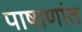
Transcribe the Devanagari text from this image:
पाषाणांत